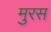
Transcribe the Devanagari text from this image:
मुरस